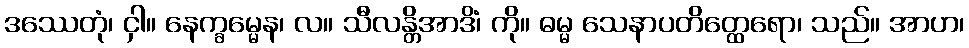
ဒဿေတုံ၊ ငှါ။ နေက္ခမ္မေန၊ လ။ သီလန္တိအာဒိံ၊ ကို။ ဓမ္မ သေနာပတိတ္ထေရော၊ သည်။ အာဟ၊